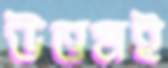
উত্তমই